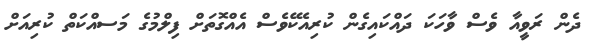
ދެން ރަވީއާ ވެސް ވާހަކަ ދައްކައިގެން ކުރިއެކޭވެސް އެއްގޮތަށް ފިލްމުގެ މަސއްކަތް ކުރިއަށް